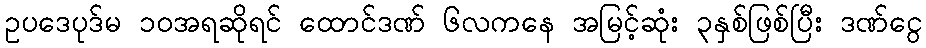
ဥပဒေပုဒ်မ ၁၀အရဆိုရင် ထောင်ဒဏ် ၆လကနေ အမြင့်ဆုံး ၃နှစ်ဖြစ်ပြီး ဒဏ်ငွေ